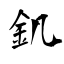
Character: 釠